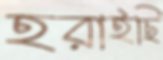
হরাইছি